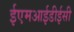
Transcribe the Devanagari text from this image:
ईएमआईडीईसी